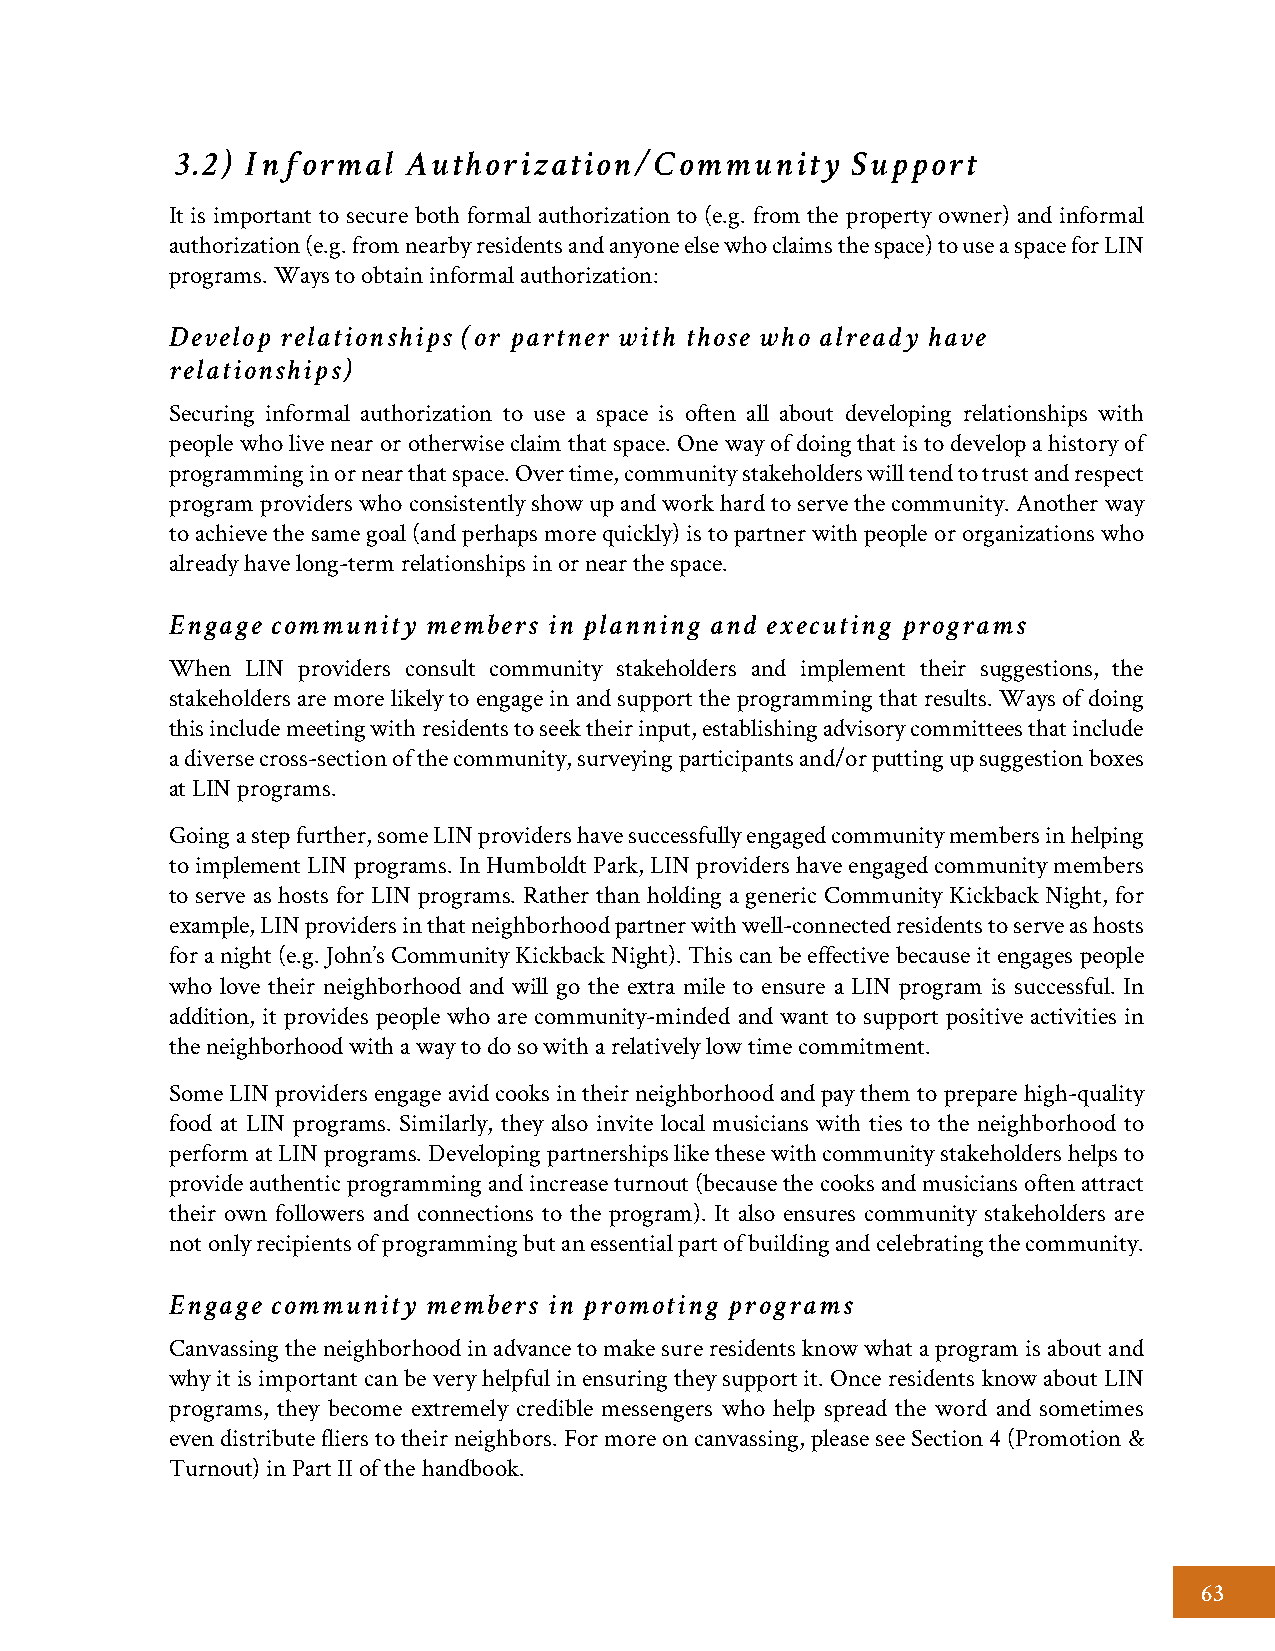
3.2) Informal  Authorization/Community      Support
 It is important to secure both formal authorization to (e.g. from the property owner) and informal
 authorization (e.g. from nearby residents and anyone else who claims the space) to use a space for LIN
 programs. Ways to obtain informal authorization:
 Develop relationships (or partner with those who already have
 relationships)
 Securing informal authorization to use a space is often all about developing relationships with
 people who live near or otherwise claim that space. One way of doing that is to develop a history of
 programming in or near that space. Over time, community stakeholders will tend to trust and respect
 program providers who consistently show up and work hard to serve the community. Another way
 to achieve the same goal (and perhaps more quickly) is to partner with people or organizations who
 already have long-term relationships in or near the space.
 Engage community members in planning and executing programs
 When LIN providers consult community stakeholders and implement their suggestions, the
 stakeholders are more likely to engage in and support the programming that results. Ways of doing
 this include meeting with residents to seek their input, establishing advisory committees that include
 a diverse cross-section of the community, surveying participants and/or putting up suggestion boxes
 at LIN programs.
 Going a step further, some LIN providers have successfully engaged community members in helping
 to implement LIN programs. In Humboldt Park, LIN providers have engaged community members
 to serve as hosts for LIN programs. Rather than holding a generic Community Kickback Night, for
 example, LIN providers in that neighborhood partner with well-connected residents to serve as hosts
 for a night (e.g. John’s Community Kickback Night). This can be effective because it engages people
 who love their neighborhood and will go the extra mile to ensure a LIN program is successful. In
 addition, it provides people who are community-minded and want to support positive activities in
 the neighborhood with a way to do so with a relatively low time commitment.
 Some LIN providers engage avid cooks in their neighborhood and pay them to prepare high-quality
 food at LIN programs. Similarly, they also invite local musicians with ties to the neighborhood to
 perform at LIN programs. Developing partnerships like these with community stakeholders helps to
 provide authentic programming and increase turnout (because the cooks and musicians often attract
 their own followers and connections to the program). It also ensures community stakeholders are
 not only recipients of programming but an essential part of building and celebrating the community.
 Engage community members in promoting programs
 Canvassing the neighborhood in advance to make sure residents know what a program is about and
 why it is important can be very helpful in ensuring they support it. Once residents know about LIN
 programs, they become extremely credible messengers who help spread the word and sometimes
 even distribute fliers to their neighbors. For more on canvassing, please see Section 4 (Promotion &
 Turnout) in Part II of the handbook.
 63